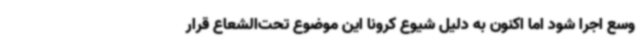
وسع اجرا شود اما اکنون به دلیل شیوع کرونا این موضوع تحت‌الشعاع قرار